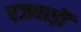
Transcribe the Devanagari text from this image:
रजवाड़ॊं